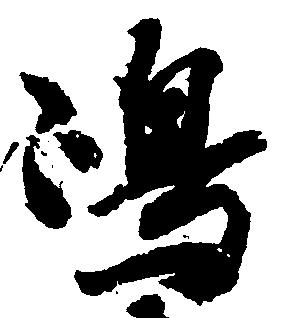
嶋